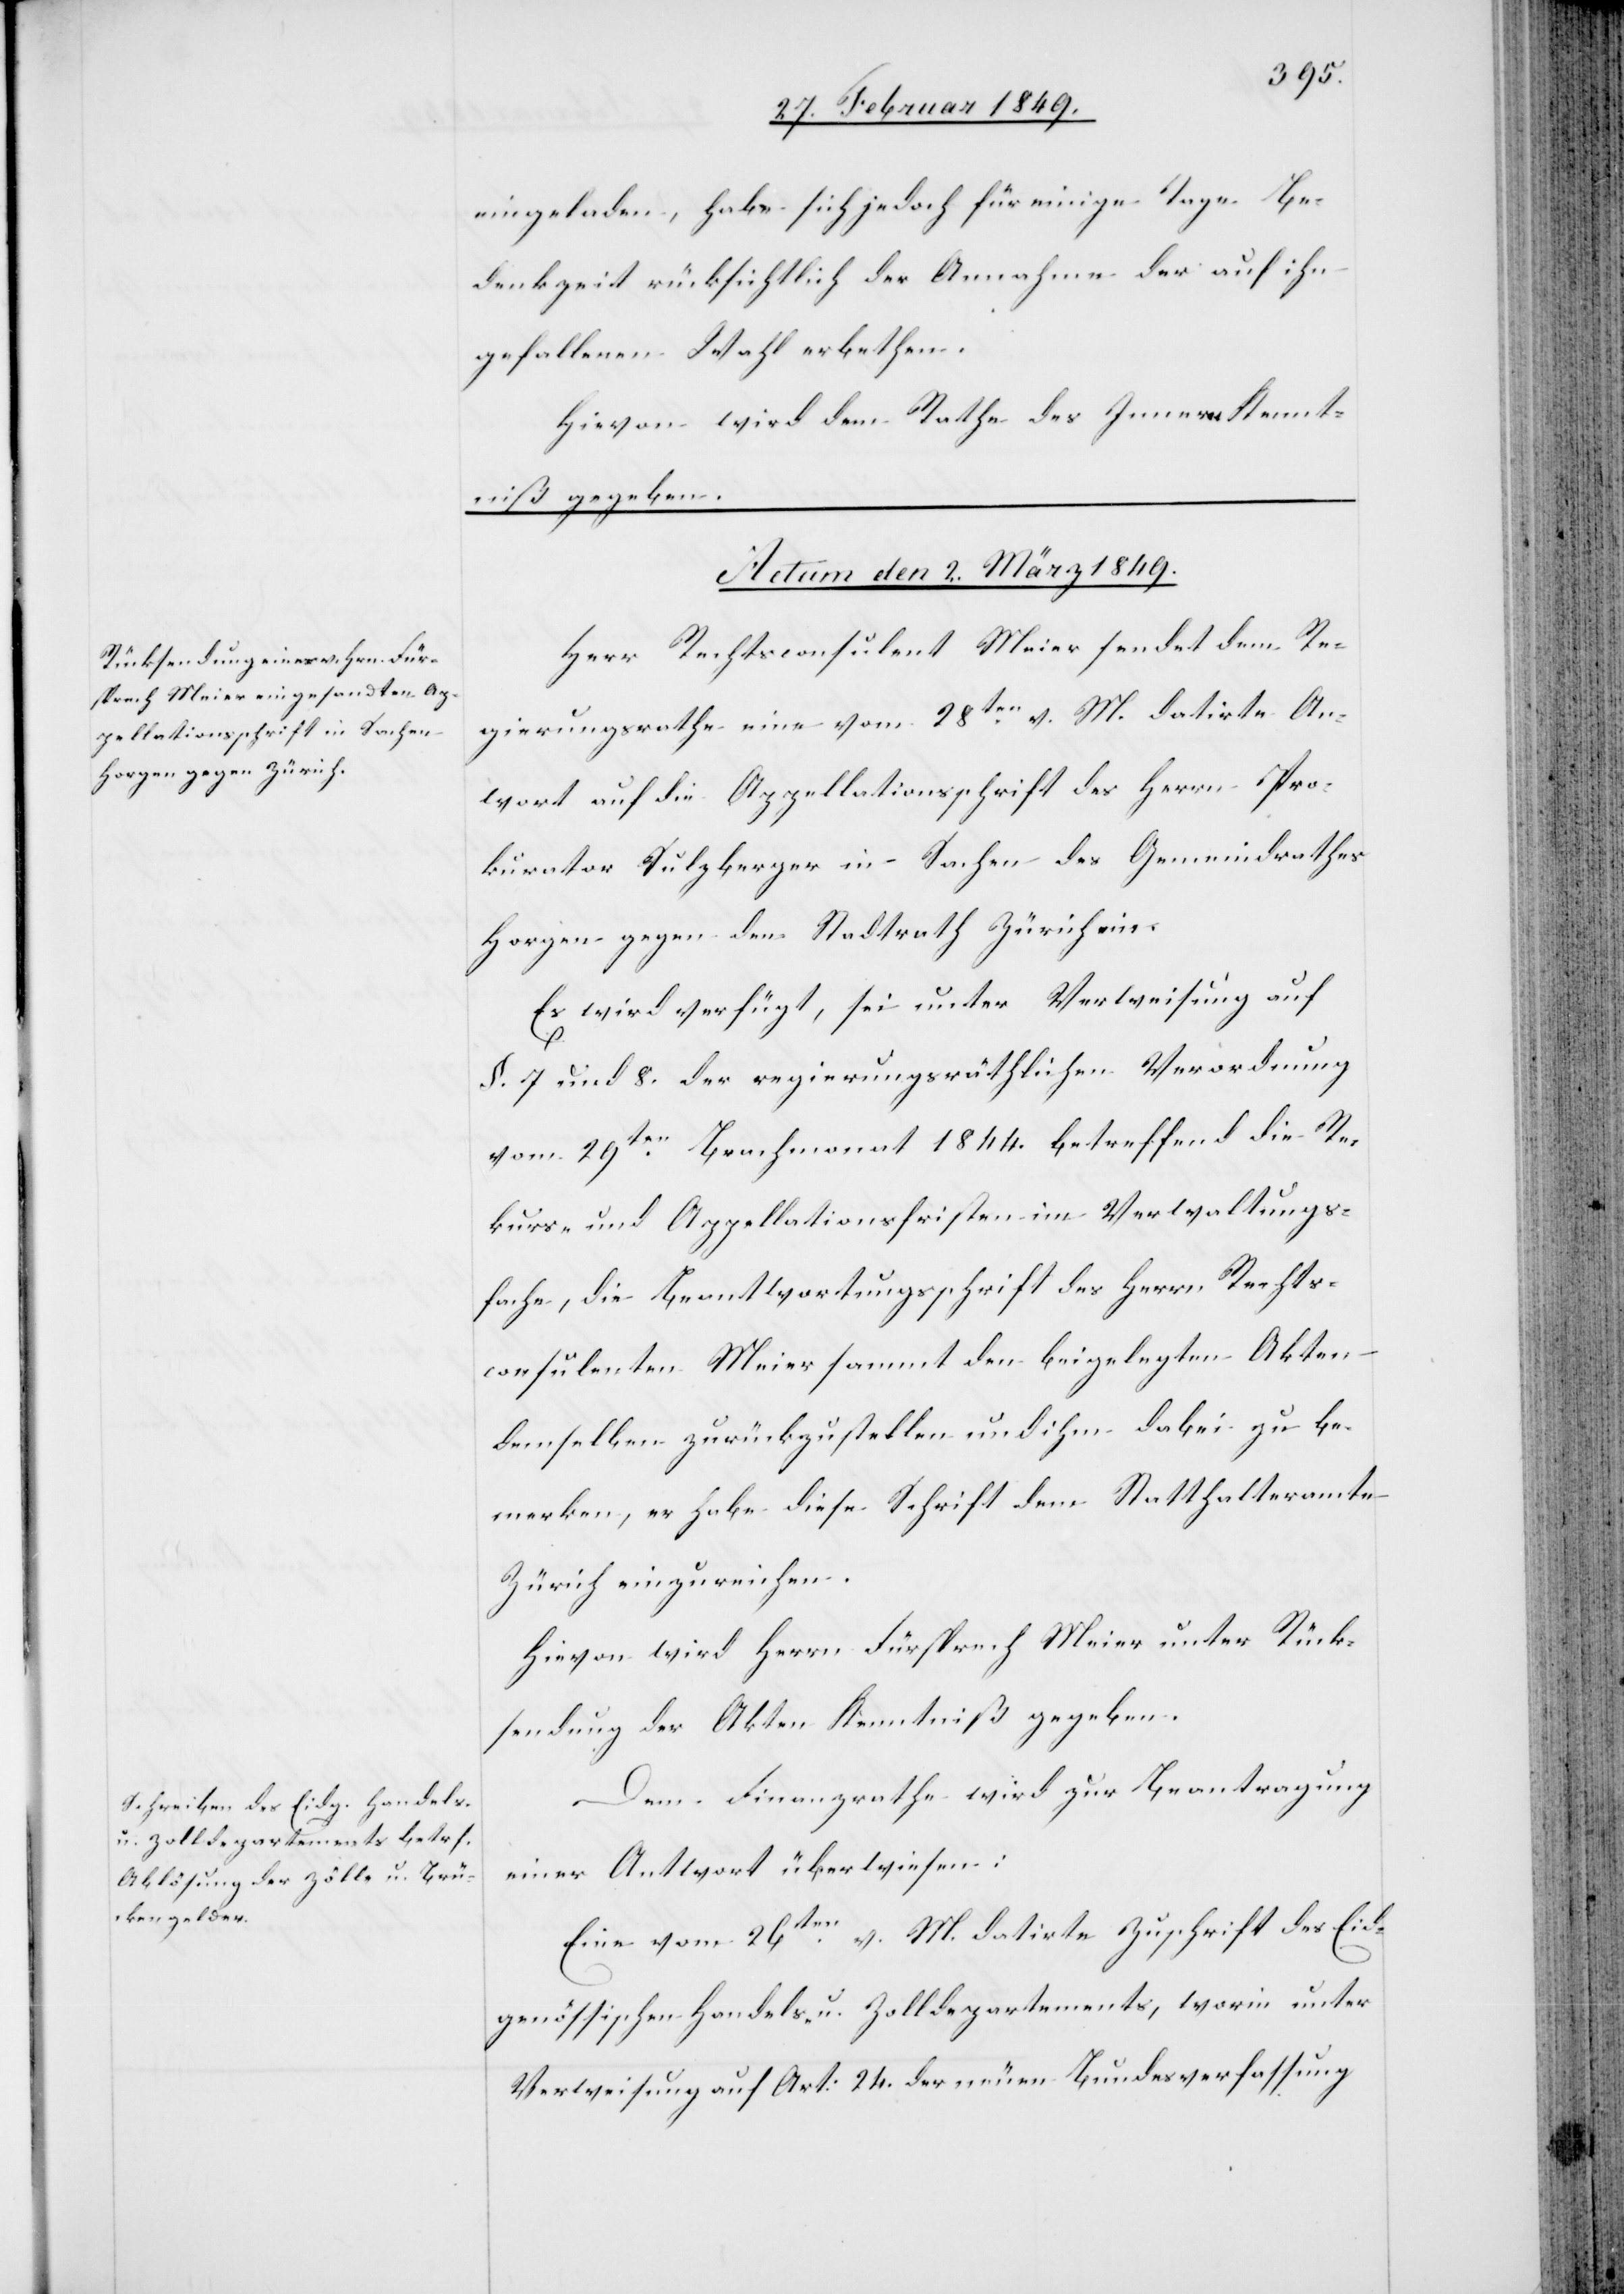
eingeladen, habe sich jedoch für einige Tage Be¬
denkzeit rücksichtlich der Annahme der auf ihn
gefallenen Wahl erbethen.
Hievon wird dem Rathe des Innern Kennt¬
niß gegeben.
Actum den 2. März 1849.]
Herr Rechtsconsulent Meier sendet dem Re¬
gierungsrathe eine vom 28ten. v. M. datirte An[t]w¬
ort auf die Appellationsschrift des Herrn Pro¬
kurator Sulzberger in Sachen des Gemeindrathes
Horgen gegen den Stadtrath Zürich ein.
Es wird verfügt, sei unter Verweisung auf
§. 7 und 8. der regierungsräthlichen Verordnung
vom 29ten. Brachmonat 1844. betreffend die Re¬
kurs- und Appellationsfristen im Verwaltungs¬
fache, die Beantwortungsschrift des Herrn Rechts¬
consulenten Meier sammt den beigelegten Akten
demselben zurückzustellen und ihm dabei zu be¬
merken, er habe diese Schrift dem Statthalteramte
Zürich einzureichen.
Hievon wird Herrn Fürsprech Meier unter Rück¬
sendung der Akten Kenntniß gegeben.
Dem Finanzrathe wird zur Beantragung
einer Antwort überwiesen:
Eine vom 26ten. v. M. datirte Zuschrift des Eid¬
genössischen Handels- u. Zolldepartements, worin unter
Verweisung auf Art: 24. der neuen Bundesverfassung